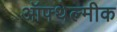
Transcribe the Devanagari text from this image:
ऑफ्थेल्मीक